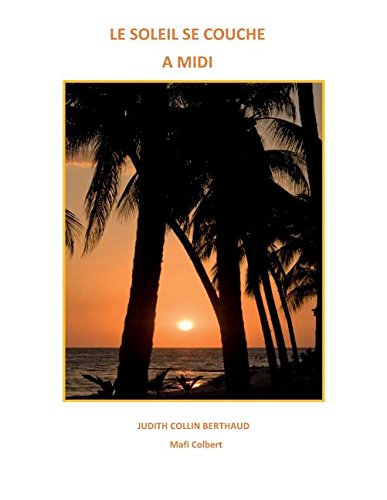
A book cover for LE SOLEIL SE COUCHE A MIDI (French Edition); JUDITH COLLIN BERTHAUD; Crafts, Hobbies & Home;